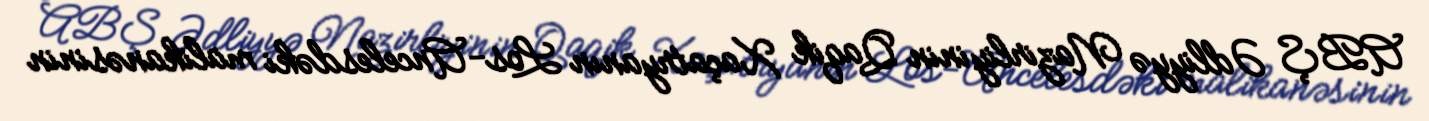
ABŞ Ədliyyə Nazirliyinin Qaqik Xaçatryanın Los-Ancelesdəki malikanəsinin